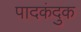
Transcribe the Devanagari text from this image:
पादकंदुक